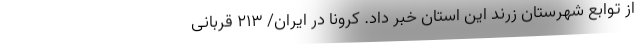
از توابع شهرستان زرند این استان خبر داد. کرونا در ایران/ ۲۱۳ قربانی